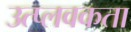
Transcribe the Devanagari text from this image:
उत्प्लवकता